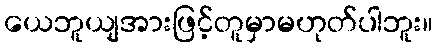
ယေဘူယျအားဖြင့်တူမှာမဟုတ်ပါဘူး။